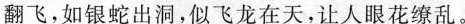
翻费，如银蛇出洞，似飞龙在天，让人眼花缭乱。